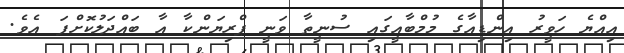
އިއްޔެ ހަވީރު އިންޑިއާގެ މުމްބާއީގައި ސުނީތާ ވަނީ ޕްރިޔަންކާ އާ ބައްދަލުކޮށްފަ އެވެ.